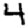
Digit: 4